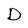
Character: D